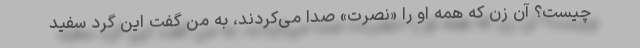
چیست؟ آن زن که همه او را «نصرت» صدا می‌کردند، به من گفت این گرد سفید